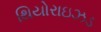
થિયોરાઇઝડ